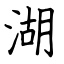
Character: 湖